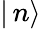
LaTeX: |\, n\rangle